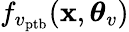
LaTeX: f_{v_{\mathrm{ptb}}}(\mathbf{x},\boldsymbol{\theta}_{v})